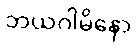
ဘယဂါမိနော